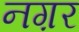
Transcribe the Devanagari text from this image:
नग़र